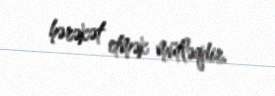
hərəkət etmək mütləqdir.